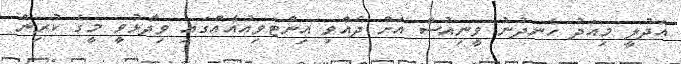
އަދުލީ މިއަދު ހެނދުނު ވީނިއުސް އަށް ދެއްވި އިންޓަވިއުއެއްގައި ވިދާޅުވީ މީގެ ކުރިން